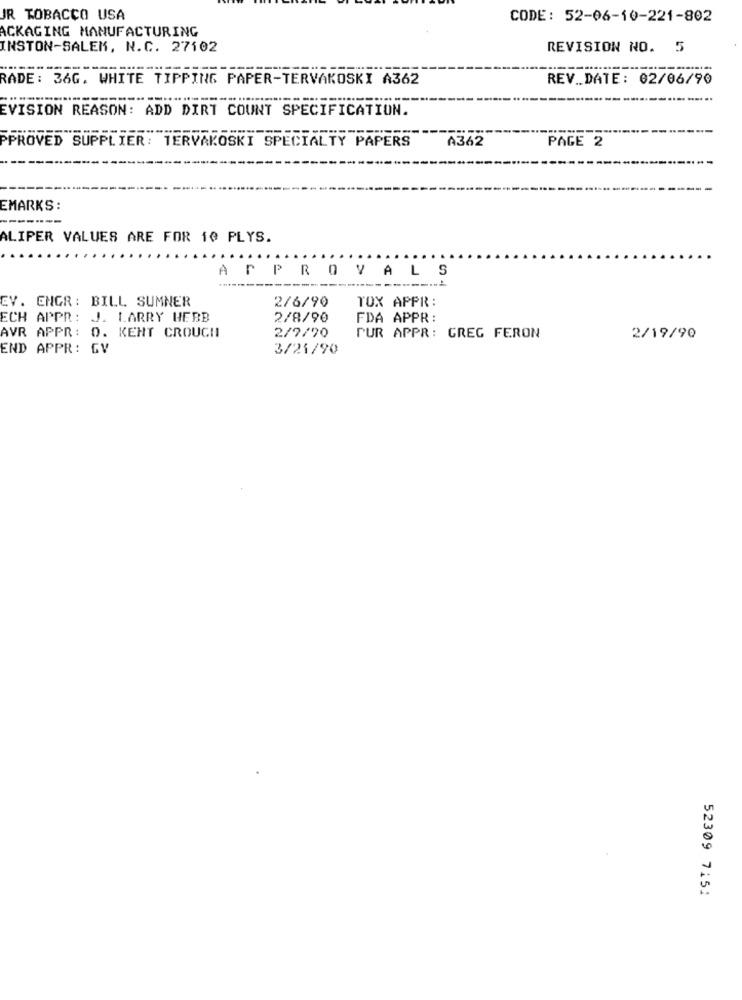
JR TOBACCO USA
CODE: 52-06-10-221-802
ACKAGING MANUFACTURING
INSTON-SALEM, N.C. 27102
REVISION NO. 5
RADE: 36G. WHITE TIPPING PAPER-TERVAKOSKI A362
REV_DATE: 02/06/90
EVISION REASON: ADD DIRT COUNT SPECIFICATION.
PPROVED SUPPLIER: TERVAKOSKI SPECIALTY PAPERS
A362
PAGE 2
EMARKS:
---.
ALIPER VALUES ARE FOR 10 PLYS.
APPROVALS
EV. ENGR: BILL SUMNER
2/6/90
TOX APPR:
ECH APPR: J. LARRY HEBB
2/8/90
FDA APPR:
AVR APPR: 0. KENT CROUCH
2/9/90
PUR APPR: GREG FERON
2/19/90
END APPR: GV
3/21/90
52309 7151